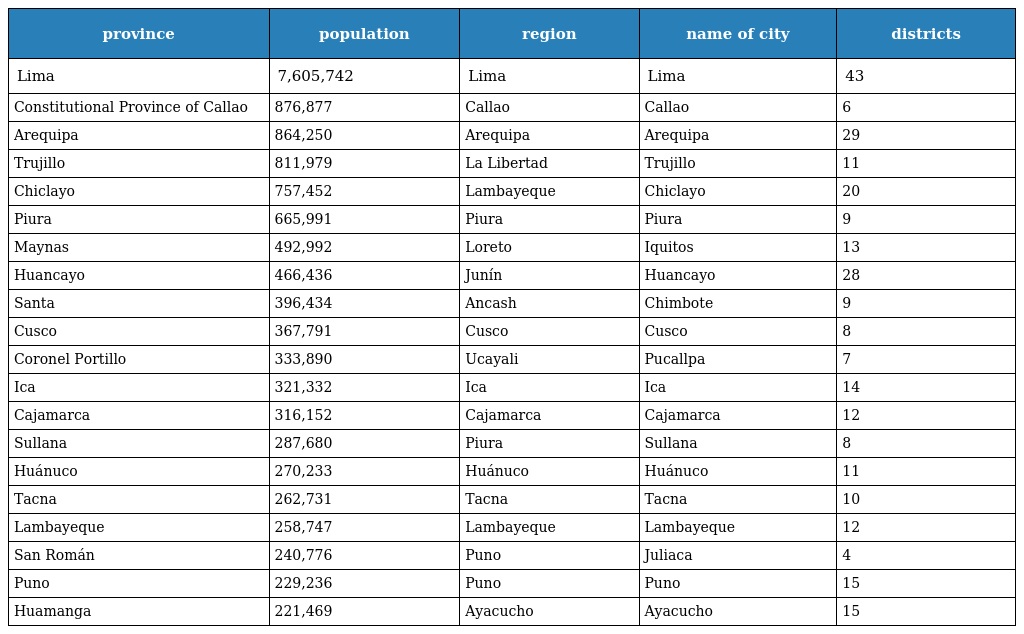
| province | population | region | name of city | districts |
 | --- | --- | --- | --- | --- |
 | Lima | 7,605,742 | Lima | Lima | 43 |
 | Constitutional Province of Callao | 876,877 | Callao | Callao | 6 |
 | Arequipa | 864,250 | Arequipa | Arequipa | 29 |
 | Trujillo | 811,979 | La Libertad | Trujillo | 11 |
 | Chiclayo | 757,452 | Lambayeque | Chiclayo | 20 |
 | Piura | 665,991 | Piura | Piura | 9 |
 | Maynas | 492,992 | Loreto | Iquitos | 13 |
 | Huancayo | 466,436 | Junín | Huancayo | 28 |
 | Santa | 396,434 | Ancash | Chimbote | 9 |
 | Cusco | 367,791 | Cusco | Cusco | 8 |
 | Coronel Portillo | 333,890 | Ucayali | Pucallpa | 7 |
 | Ica | 321,332 | Ica | Ica | 14 |
 | Cajamarca | 316,152 | Cajamarca | Cajamarca | 12 |
 | Sullana | 287,680 | Piura | Sullana | 8 |
 | Huánuco | 270,233 | Huánuco | Huánuco | 11 |
 | Tacna | 262,731 | Tacna | Tacna | 10 |
 | Lambayeque | 258,747 | Lambayeque | Lambayeque | 12 |
 | San Román | 240,776 | Puno | Juliaca | 4 |
 | Puno | 229,236 | Puno | Puno | 15 |
 | Huamanga | 221,469 | Ayacucho | Ayacucho | 15 |